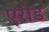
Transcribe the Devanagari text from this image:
एरोड